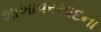
શાખાવરસાદના